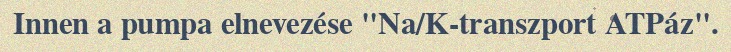
Innen a pumpa elnevezése "Na/K-transzport ATPáz".